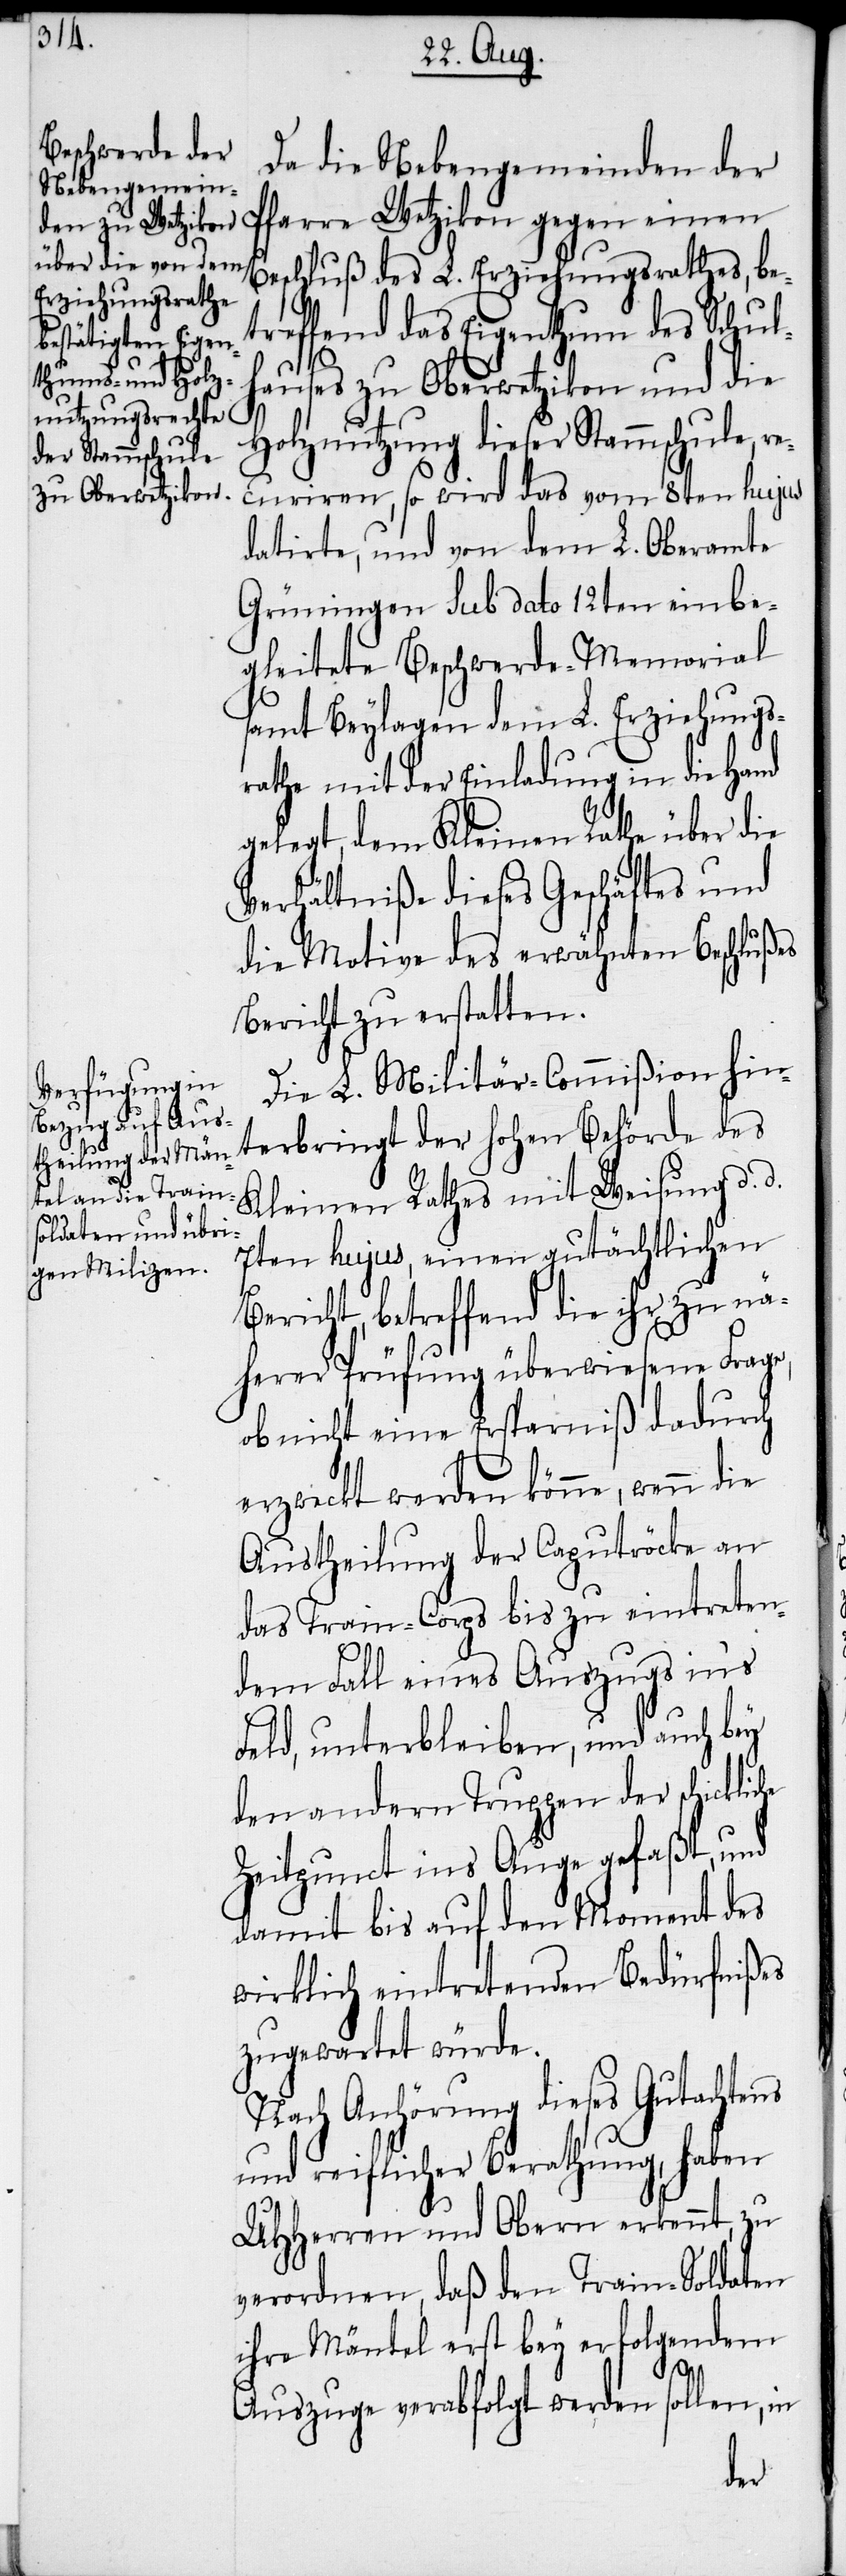
Da die Nebengemeinden der
Pfarre Wetzikon gegen einen
Beschluß des L. Erziehungsrathes, bet¬
reffend das Eigenthum des Schul¬
hauses zu Oberwetzikon und die
Holznutzung dieser Stammschule, re¬
curiren, so wird das vom 8ten hujus
datirte, und von dem L. Oberamte
Grüningen sub dato 12ten einbe¬
gleitete Beschwerde-Memorial
samt Beylagen dem L. Erziehungs¬
rathe mit der Einladung in die Hand
gelegt, dem Kleinen Rathe über die
Verhältniße dieses Geschäftes und
die Motive des erwähnten Beschlußes
Bericht zu erstatten.
Die L. Militär-Commißion hin¬
terbringt
Kleinen Rathes mit Weisung d. d.
7ten hujus, einen gutächtlichen
Bericht, betreffend die ihr zu nä¬
herer Prüfung überwiesene Frage,
ob nicht eine Ersparniß dadurch
erzweckt werden könne, wenn die
Austheilung der Caputröcke an
das Train-Corps bis zu eintreten¬
dem Fall eines Auszugs in’s
Feld, unterbleiben, und auch bey
den andern Truppen der schicklic¬
Zeitpunct ins Auge gefaßt, und
damit bis auf den Moment des
wirklich eintretenden Bedürfnißes
zugewartet würde.
Nach Anhörung dieses Gutachtens
und reiflicher Berathung, haben
UHHerren und Obern erkennt, zu
verordnen, daß den Train-Soldaten
ihre Mäntel erst bey erfolgendem
he
Auszuge verabfolgt werden sollen, in
des